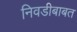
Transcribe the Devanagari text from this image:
निवडीबाबत